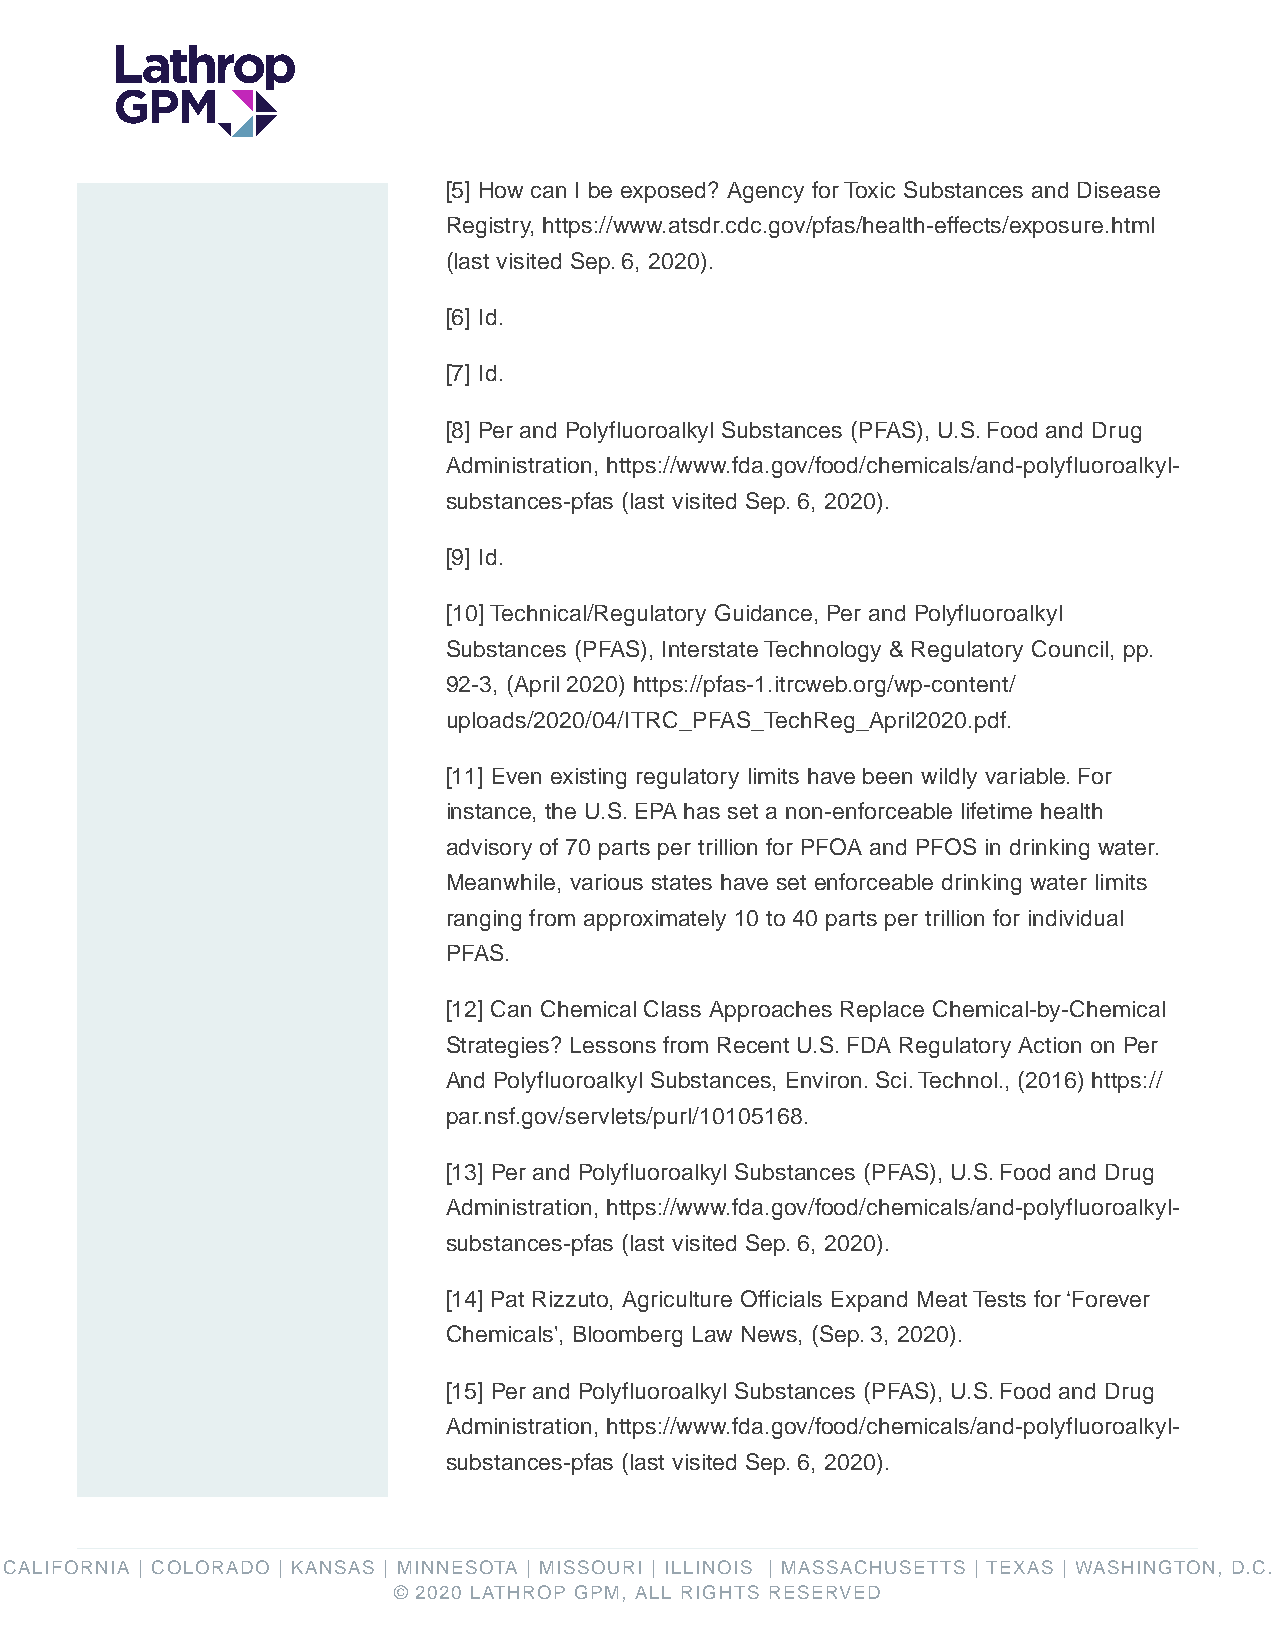
[5] How can I be exposed? Agency for Toxic Substances and Disease
 Registry, https://www.atsdr.cdc.gov/pfas/health-effects/exposure.html
 (last visited Sep. 6, 2020).
 [6] Id.
 [7] Id.
 [8] Per and Polyfluoroalkyl Substances (PFAS), U.S. Food and Drug
 Administration, https://www.fda.gov/food/chemicals/and-polyfluoroalkyl-
 substances-pfas (last visited Sep. 6, 2020).
 [9] Id.
 [10] Technical/Regulatory Guidance, Per and Polyfluoroalkyl
 Substances (PFAS), Interstate Technology & Regulatory Council, pp.
 92-3, (April 2020) https://pfas-1.itrcweb.org/wp-content/
 uploads/2020/04/ITRC_PFAS_TechReg_April2020.pdf.
 [11] Even existing regulatory limits have been wildly variable. For
 instance, the U.S. EPA has set a non-enforceable lifetime health
 advisory of 70 parts per trillion for PFOA and PFOS in drinking water.
 Meanwhile, various states have set enforceable drinking water limits
 ranging from approximately 10 to 40 parts per trillion for individual
 PFAS.
 [12] Can Chemical Class Approaches Replace Chemical-by-Chemical
 Strategies? Lessons from Recent U.S. FDA Regulatory Action on Per
 And Polyfluoroalkyl Substances, Environ. Sci. Technol., (2016) https://
 par.nsf.gov/servlets/purl/10105168.
 [13] Per and Polyfluoroalkyl Substances (PFAS), U.S. Food and Drug
 Administration, https://www.fda.gov/food/chemicals/and-polyfluoroalkyl-
 substances-pfas (last visited Sep. 6, 2020).
 [14] Pat Rizzuto, Agriculture Officials Expand Meat Tests for ‘Forever
 Chemicals', Bloomberg Law News, (Sep. 3, 2020).
 [15] Per and Polyfluoroalkyl Substances (PFAS), U.S. Food and Drug
 Administration, https://www.fda.gov/food/chemicals/and-polyfluoroalkyl-
 substances-pfas (last visited Sep. 6, 2020).
 CALIFORNIA | COLORADO | KANSAS | MINNESOTA | MISSOURI | ILLINOIS | MASSACHUSETTS | TEXAS | WASHINGTON, D.C.
 © 2020 LATHROP GPM, ALL RIGHTS RESERVED